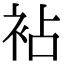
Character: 袩